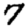
Digit: 7